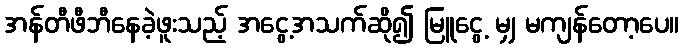
အန်တီဖီဘီနေခဲ့ဖူးသည့် အငွေ့အသက်ဆို၍ မြူငွေ့ မျှ မကျန်တော့ပေ။